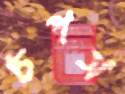
চপস